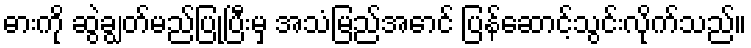
ဓားကို ဆွဲချွတ်မည်ပြုပြီးမှ အသံမြည်အောင် ပြန်ဆောင့်သွင်းလိုက်သည်။